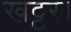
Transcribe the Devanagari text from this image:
खट्टर।